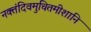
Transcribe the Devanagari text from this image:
नक्तंदिवमुचितमीशानि